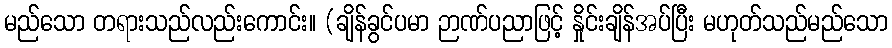
မည်သော တရားသည်လည်းကောင်း။ (ချိန်ခွင်ပမာ ဉာဏ်ပညာဖြင့် နှိုင်းချိန်အပ်ပြီး မဟုတ်သည်မည်သော